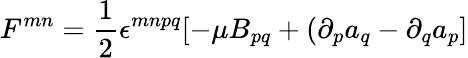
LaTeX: F^{mn}=\frac{1}{2}\epsilon^{mnpq}[-\mu B_{pq}+(\partial_{p}a_{q}-\partial_{q}a_{p}]